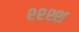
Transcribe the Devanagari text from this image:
श्श्श्श